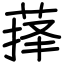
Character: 萚